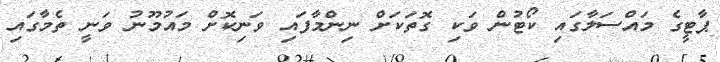
ޕާޓީގެ މައްސަލާގައި ކޯޓުން ވަކި ގޮތަކަށް ނިންމާފައި ވަނިކޮށް މައުމޫނު ވަނީ ތެމާގައި